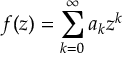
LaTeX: f ( z ) = \sum _ { k = 0 } ^ { \infty } a _ { k } z ^ { k }